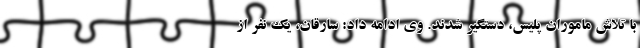
با تلاش ماموران پلیس، دستگیر شدند. وی ادامه داد: سارقان، یک نفر از